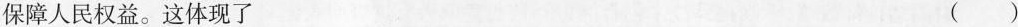
保障人民权益。这体现了 ()